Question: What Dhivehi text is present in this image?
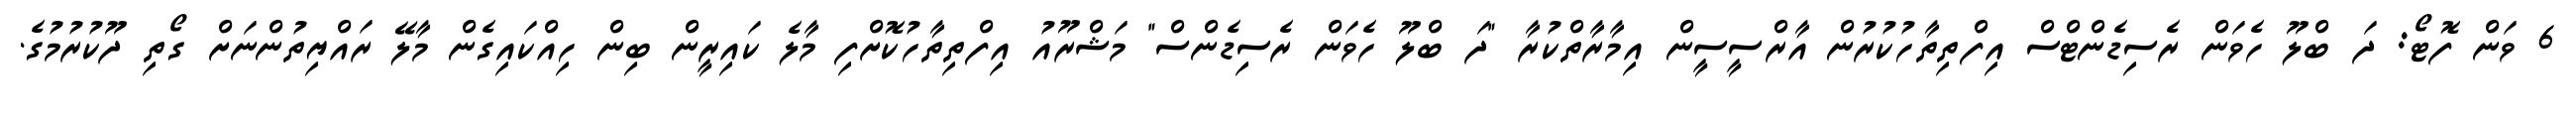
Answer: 6 ވަން ފޮޓޯ: ދަ ބްލޫ ހެވަން ރެސިޑެންޓްސް އިފްތިތާހުކުރުން އާރްސީސީން އިމާރާތްކުރާ "ދަ ބްލޫ ހެވަން ރެސިޑެންސް" މަޝްރޫއު އިފްތިތާހުކޮށްފި މާލެ ކައިރީން ބިން ހިއްކައިގެން މާލޭ ރައްޔިތުންނަށް ގޯތި ދޫކުރުމުގެ.